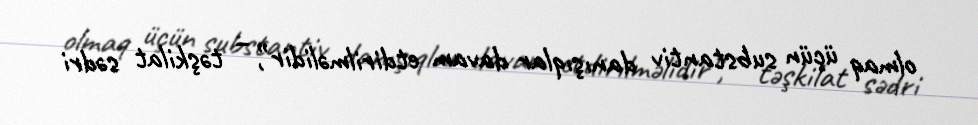
olmaq üçün substantiv danışıqlar davam etdirilməlidir”, – təşkilat sədri